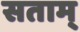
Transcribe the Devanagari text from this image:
सताम्